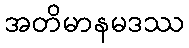
အတိမာနမဒဿ